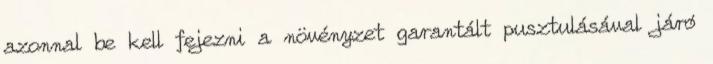
azonnal be kell fejezni a növényzet garantált pusztulásával járó